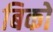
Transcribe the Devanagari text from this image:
बिको